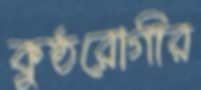
কুষ্ঠরোগীর